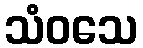
သံဝသေ